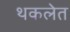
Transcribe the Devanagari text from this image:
थकलेत